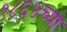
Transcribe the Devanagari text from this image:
१८६४च्या